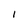
Character: 1